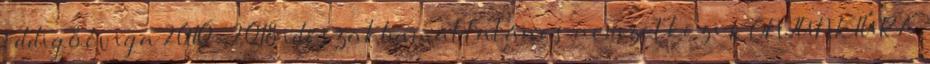
eddig 8 évig a 2010-2018 időszakban általános nemzetközi KONJUNKTÚRA